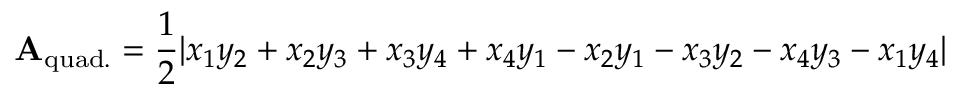
\mathbf { A } _ { \mathrm { q u a d . } } = { \frac { 1 } { 2 } } | x _ { 1 } y _ { 2 } + x _ { 2 } y _ { 3 } + x _ { 3 } y _ { 4 } + x _ { 4 } y _ { 1 } - x _ { 2 } y _ { 1 } - x _ { 3 } y _ { 2 } - x _ { 4 } y _ { 3 } - x _ { 1 } y _ { 4 } |